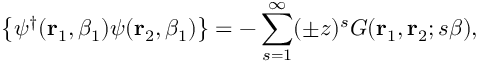
\left\{ \psi ^ { \dagger } ( { \bf r } _ { 1 } , \beta _ { 1 } ) \psi ( { \bf r } _ { 2 } , \beta _ { 1 } ) \right\} = - \sum _ { s = 1 } ^ { \infty } ( \pm z ) ^ { s } G ( { \bf r } _ { 1 } , { \bf r } _ { 2 } ; s \beta ) ,